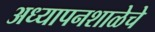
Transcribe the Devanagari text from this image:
अध्यापनशाळेचे